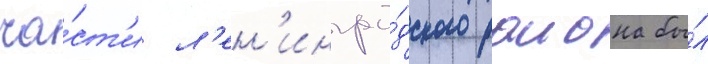
ча́ст'и л'ен'ингра́дского раиона бы́л